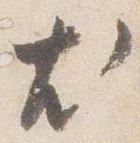
尤